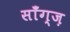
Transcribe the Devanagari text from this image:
साँग्ज़